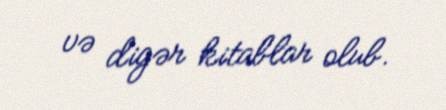
və digər kitablar olub.